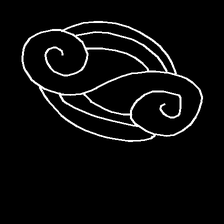
Glyph: wind-underfoot